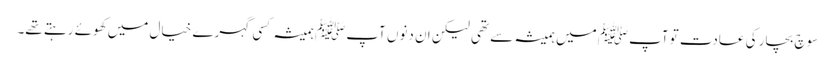
سوچ بچار کی عادت تو آپﷺ میں ہمیشہ سے تھی لیکن ان دنوں آپﷺ ہمیشہ کسی گہرے خیال میں کھوئے رہتے تھے۔